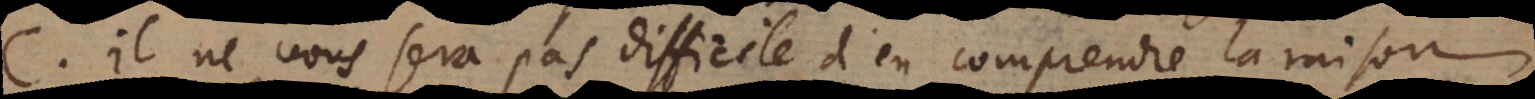
C. Il ne vous sera pas difficile d’en comprendre la raison